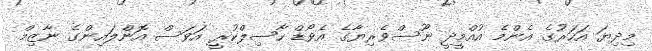
މިދިޔަ އަހަރުގެ އެންމެ އުއްމީދީ ނޫސްވެރިޔާގެ އެވޯޑް ހާސިލްކުރީ އަވަސް އޮންލައިންގެ ނާޒިމް